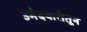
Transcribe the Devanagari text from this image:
उमेदवारीतून